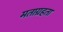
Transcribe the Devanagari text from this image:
मताग्रहता